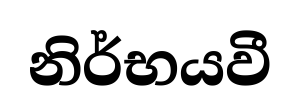
නිර්භයවී